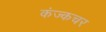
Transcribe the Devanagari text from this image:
कंज्कचर